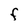
Character: F